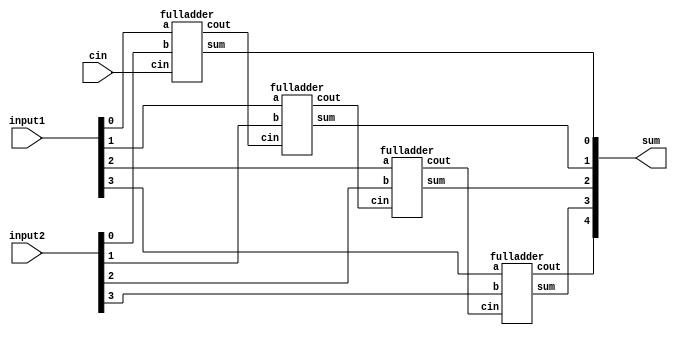
// functional/structural adder
// http://tjeyamy.blogspot.com/2012/02/4-bit-ripple-carry-adder-in-verilog.html

module add4b(sum, input1, input2, cin);
	input wire [3:0] input1;
	input wire [3:0] input2;
	input wire cin;
	output wire [4:0] sum;

	wire c1, c2, c3;

	fulladder fa1(sum[0], c1, input1[0], input2[0], cin);
	fulladder fa2(sum[1], c2, input1[1], input2[1], c1);
	fulladder fa3(sum[2], c3, input1[2], input2[2], c2);
	fulladder fa4(sum[3], sum[4], input1[3], input2[3], c3);

endmodule


module add34b(sum, input1, input2, cin);
	input wire [33:0] input1;
	input wire [33:0] input2;
	input wire cin;
	output wire [33:0] sum;

	wire c1,c2,c3,c4,c5,c6,c7,c8,c9,c10,c11,c12,c13,c14,c15,c16,c17;
	wire c18,c19,c20,c21,c22,c23,c24,c25,c26,c27,c28,c29,c30,c31,c32,c33,c34;

	fulladder fa1(sum[0], c1, input1[0], input2[0], cin);
	fulladder fa2(sum[1], c2, input1[1], input2[1], c1);

	fulladder fa3(sum[2], c3, input1[2], input2[2], c2);
	fulladder fa4(sum[3], c4, input1[3], input2[3], c3);
	fulladder fa5(sum[4], c5, input1[4], input2[4], c4);
	fulladder fa6(sum[5], c6, input1[5], input2[5], c5);
	fulladder fa7(sum[6], c7, input1[6], input2[6], c6);
	fulladder fa8(sum[7], c8, input1[7], input2[7], c7);
	fulladder fa9(sum[8], c9, input1[8], input2[8], c8);
	fulladder fa10(sum[9], c10, input1[9], input2[9], c9);
	
	fulladder fa11(sum[10], c11, input1[10], input2[10], c10);
	fulladder fa12(sum[11], c12, input1[11], input2[11], c11);
	fulladder fa13(sum[12], c13, input1[12], input2[12], c12);
	fulladder fa14(sum[13], c14, input1[13], input2[13], c13);
	fulladder fa15(sum[14], c15, input1[14], input2[14], c14);
	fulladder fa16(sum[15], c16, input1[15], input2[15], c15);
	fulladder fa17(sum[16], c17, input1[16], input2[16], c16);
	fulladder fa18(sum[17], c18, input1[17], input2[17], c17);

	fulladder fa19(sum[18], c19, input1[18], input2[18], c18);
	fulladder fa20(sum[19], c20, input1[19], input2[19], c19);
	fulladder fa21(sum[20], c21, input1[20], input2[20], c20);
	fulladder fa22(sum[21], c22, input1[21], input2[21], c21);
	fulladder fa23(sum[22], c23, input1[22], input2[22], c22);
	fulladder fa24(sum[23], c24, input1[23], input2[23], c23);
	fulladder fa25(sum[24], c25, input1[24], input2[24], c24);
	fulladder fa26(sum[25], c26, input1[25], input2[25], c25);

	fulladder fa27(sum[26], c27, input1[26], input2[26], c26);
	fulladder fa28(sum[27], c28, input1[27], input2[27], c27);
	fulladder fa29(sum[28], c29, input1[28], input2[28], c28);
	fulladder fa30(sum[29], c30, input1[29], input2[29], c29);
	fulladder fa31(sum[30], c31, input1[30], input2[30], c30);
	fulladder fa32(sum[31], c32, input1[31], input2[31], c31);
	fulladder fa33(sum[32], c33, input1[32], input2[32], c32);
	fulladder fa34(sum[33], c34, input1[33], input2[33], c33);

endmodule

module fulladder(sum, cout, a, b, cin);
	input wire a;
	input wire b;
	input wire cin;
	output wire sum;
	output wire cout;

	wire a1, a2, a3;

	xor 	x1(a1, a, b);
	and	n1(a2, a, b);
	and   n2(a3, a1, cin);

	xor 	x2(sum, a1, cin);
	or		o1(cout, a2, a3);

endmodule